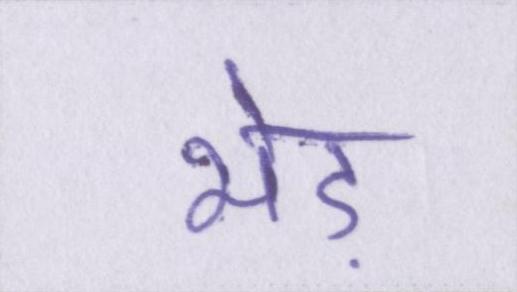
भेड़